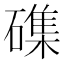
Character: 磼